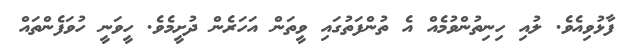
ފާޅުވިއެވެ. ލުއި ހިނިތުންވުމެއް އެ ތުންފަތުގައި ވީތަން އަހަރެން ދުށީމެވެ. ހީވަނީ ހުވަފެންތައް